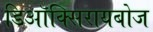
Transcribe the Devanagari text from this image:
डिऑक्सिरायबोज